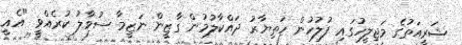
ޝަރީއަތުގެ މަޖިލީހުގައި ފުލުހުން ހަތިޔާރު ދައްކާލުމުން ގާޒީން ނަޒީމާ ސުވާލު ކުރެއްވީ "އެއީ